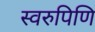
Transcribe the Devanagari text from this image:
स्वरुपिणि